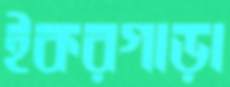
ইকরগাড়া